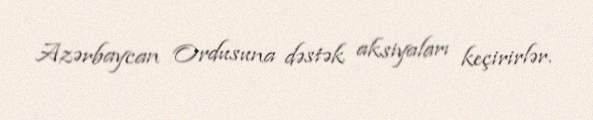
Azərbaycan Ordusuna dəstək aksiyaları keçirirlər.